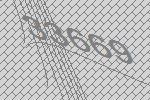
33669